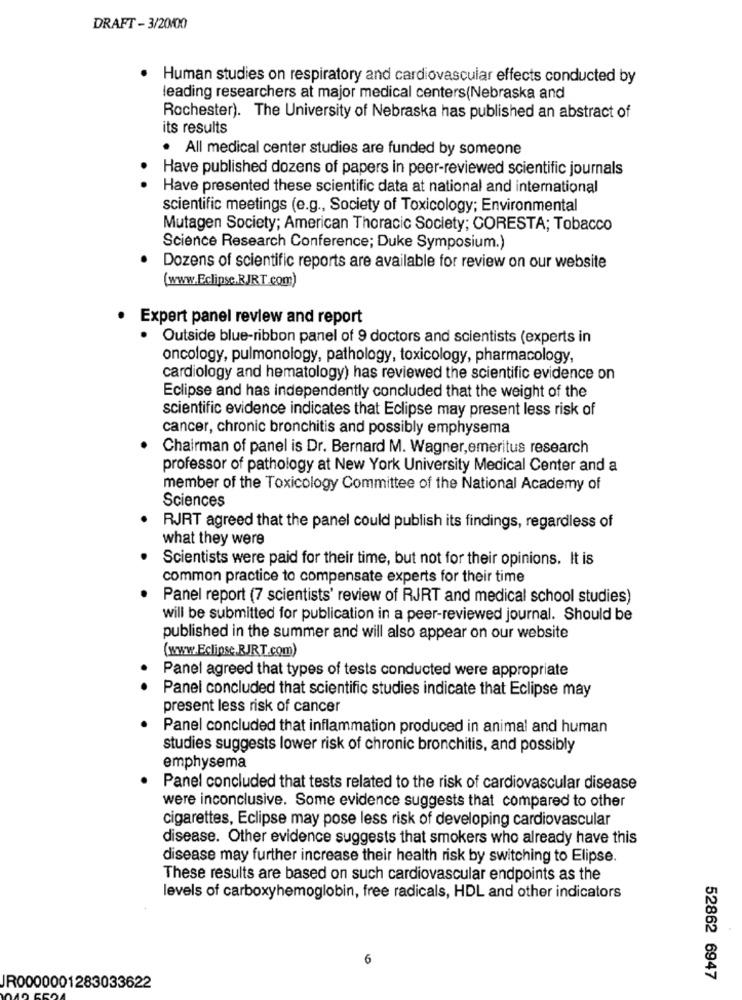
DRAFT - 3/20/00
Human studies on respiratory and cardiovascular effects conducted by
leading researchers at major medical centers(Nebraska and
Rochester). The University of Nebraska has published an abstract of
its results
· All medical center studies are funded by someone
Have published dozens of papers in peer-reviewed scientific journals
Have presented these scientific data at national and international
scientific meetings (e.g ., Society of Toxicology; Environmental
Mutagen Society; American Thoracic Society; CORESTA; Tobacco
Science Research Conference; Duke Symposium.)
Dozens of scientific reports are available for review on our website
(www.Eclipse.RJRT.com)
· Expert panel review and report
Outside blue-ribbon panel of 9 doctors and scientists (experts in
oncology, pulmonology, pathology, toxicology, pharmacology,
cardiology and hematology) has reviewed the scientific evidence on
Eclipse and has independently concluded that the weight of the
scientific evidence indicates that Eclipse may present less risk of
cancer, chronic bronchitis and possibly emphysema
Chairman of panel is Dr. Bernard M. Wagner, emeritus research
professor of pathology at New York University Medical Center and a
member of the Toxicology Committee of the National Academy of
Sciences
RJRT agreed that the panel could publish its findings, regardless of
what they were
Scientists were paid for their time, but not for their opinions. It is
common practice to compensate experts for their time
Panel report (7 scientists' review of RJRT and medical school studies)
will be submitted for publication in a peer-reviewed journal. Should be
published in the summer and will also appear on our website
(www.Eclipse.RJRT.com)
Panel agreed that types of tests conducted were appropriate
Panel concluded that scientific studies indicate that Eclipse may
present less risk of cancer
Panel concluded that inflammation produced in animal and human
studies suggests lower risk of chronic bronchitis, and possibly
emphysema
Panel concluded that tests related to the risk of cardiovascular disease
were inconclusive. Some evidence suggests that compared to other
cigarettes, Eclipse may pose less risk of developing cardiovascular
disease. Other evidence suggests that smokers who already have this
disease may further increase their health risk by switching to Elipse.
These results are based on such cardiovascular endpoints as the
levels of carboxyhemoglobin, free radicals, HDL and other indicators
6
52862 6947
IR0000001283033622